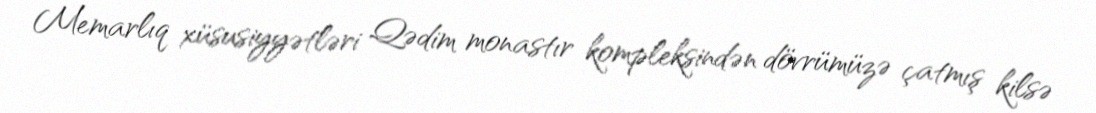
Memarlıq xüsusiyyətləri Qədim monastır kompleksindən dövrümüzə çatmış kilsə